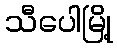
သီပေါမြို့